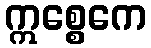
ဣစ္စေကေ